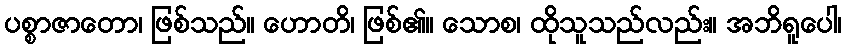
ပစ္စာဇာတော၊ ဖြစ်သည်။ ဟောတိ၊ ဖြစ်၏။ သောစ၊ ထိုသူသည်လည်း။ အဘိရူပေါ၊